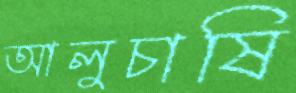
আলুচাষি